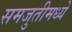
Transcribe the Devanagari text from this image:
समजुतीमध्ये